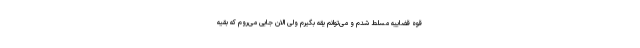
قوه قضاییه مسلط شدم و می‌توانم یقه بگیرم ولی الان جایی می‌روم که بقیه